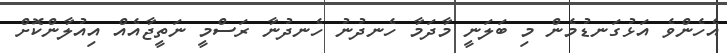
އެހެންވެ އަޅުގަނޑުމެން މި ބަލަނީ މާދަމާ ހެނދުނު ހެނދުނާ ރަސްމީ ނަތީޖާއެއް އިއުލާންކޮށް